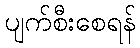
ပျက်စီးစေရန်